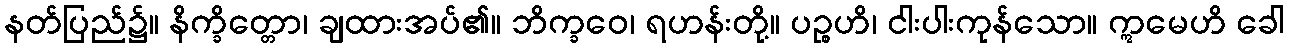
နတ်ပြည်၌။ နိက္ခိတ္တော၊ ချထားအပ်၏။ ဘိက္ခဝေ၊ ရဟန်းတို့။ ပဉ္စဟိ၊ ငါးပါးကုန်သော။ ဣမေဟိ ခေါ